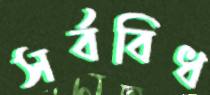
সর্ববিধ